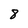
Character: 8